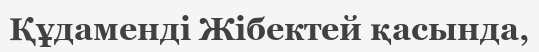
Құдаменді Жібектей қасында,